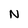
Character: N